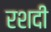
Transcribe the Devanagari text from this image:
रशदी